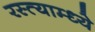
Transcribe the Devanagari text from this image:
रस्त्याम्ध्ये